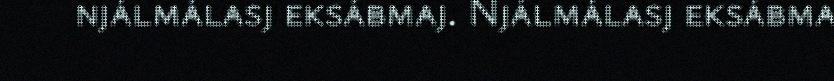
njálmálasj eksábmaj. Njálmálasj eksábma